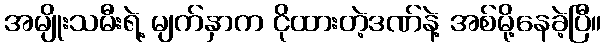
အမျိုးသမီးရဲ့ မျက်နှာက ငိုထားတဲ့ဒဏ်နဲ့ အစ်မို့နေခဲ့ပြီ။